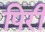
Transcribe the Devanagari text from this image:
पिरी